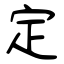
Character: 定